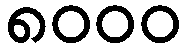
၈၀၀၀